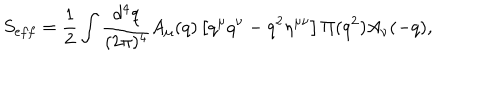
LaTeX: S _ { e f f } = { \frac { 1 } { 2 } } \int { \frac { d ^ { 4 } q } { ( 2 \pi ) ^ { 4 } } } A _ { \mu } ( q ) \left[ q ^ { \mu } q ^ { \nu } - q ^ { 2 } \eta ^ { \mu \nu } \right] \Pi ( q ^ { 2 } ) A _ { \nu } ( - q ) ,